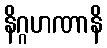
နိဂ္ဂဟဏာနိ